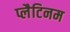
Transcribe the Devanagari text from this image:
प्लैटिनम